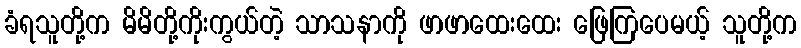
ခံရသူတို့က မိမိတို့ကိုးကွယ်တဲ့ သာသနာကို ဖာဖာထေးထေး ဖြေကြပေမယ့် သူတို့က